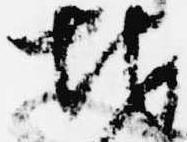
地